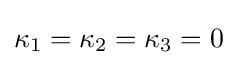
\kappa _{1}=\kappa _{2}=\kappa _{3}=0